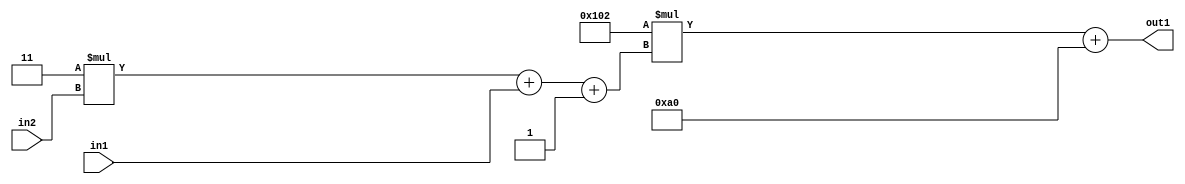
`timescale 1ps / 1ps
/*****************************************************************************
    Verilog RTL Description
    
    
    Created by: Stratus DpOpt 2019.1.01 
*******************************************************************************/

module DC_Filter_Add2i160Mul2i258Add3i1u1Mul2i3u2_4 (
	in2,
	in1,
	out1
	); /* architecture "behavioural" */ 
input [1:0] in2;
input  in1;
output [11:0] out1;
wire [11:0] asc001;
wire [3:0] asc002;

wire [3:0] asc002_tmp_0;
wire [3:0] asc002_tmp_1;
assign asc002_tmp_1 = 
	+(4'B0011 * in2);
assign asc002_tmp_0 = asc002_tmp_1
	+(in1);
assign asc002 = asc002_tmp_0
	+(4'B0001);

wire [11:0] asc001_tmp_2;
assign asc001_tmp_2 = 
	+(12'B000100000010 * asc002);
assign asc001 = asc001_tmp_2
	+(12'B000010100000);

assign out1 = asc001;
endmodule

/* CADENCE  vrP5SAo= : u9/ySgnWtBlWxVPRXgAZ4Og= ** DO NOT EDIT THIS LINE ******/